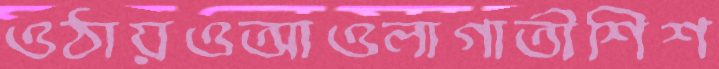
ওঠায়ওআওলাগাতীশিশ